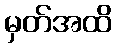
မှတ်အထိ